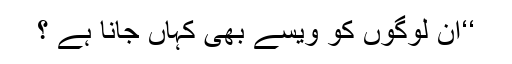
‘‘ان لوگوں کو ویسے بھی کہاں جانا ہے ؟